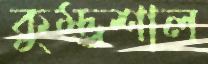
কুম্ভশাল